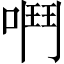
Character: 𫫅